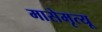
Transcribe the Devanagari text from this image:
मासेमृत्यू